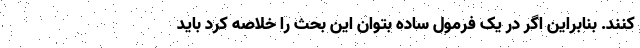
کنند. بنابراین اگر در یک فرمول ساده بتوان این بحث را خلاصه کرد باید